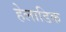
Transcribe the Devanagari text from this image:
हेलाडिक